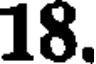
18.